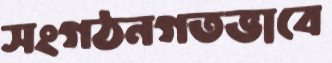
সংগঠনগতভাবে